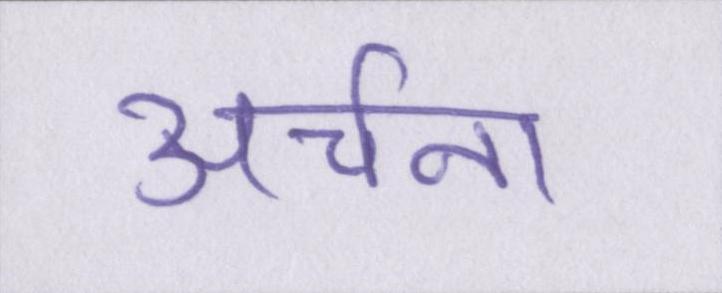
अर्चना